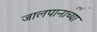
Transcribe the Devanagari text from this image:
जालपानाच्या